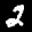
Label: 2